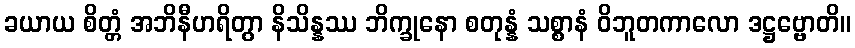
ခယာယ စိတ္တံ အဘိနီဟရိတွာ နိသိန္နဿ ဘိက္ခုနော စတုန္နံ သစ္စာနံ ဝိဘူတကာလော ဒဋ္ဌဗ္ဗောတိ။